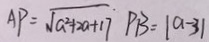
A P = \sqrt { a ^ { 2 } + 2 a + 1 7 } P B = \vert a - 3 \vert